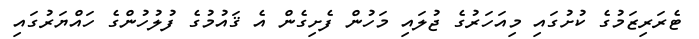
ޓެރަރިޒަމުގެ ކުށުގައި މިއަހަރުގެ ޖުލައި މަހުން ފެށިގެން އެ ޤައުމުގެ ފުލުހުންގެ ހައްޔަރުގައި